Scottish Leaving Certificate Examination, 1953
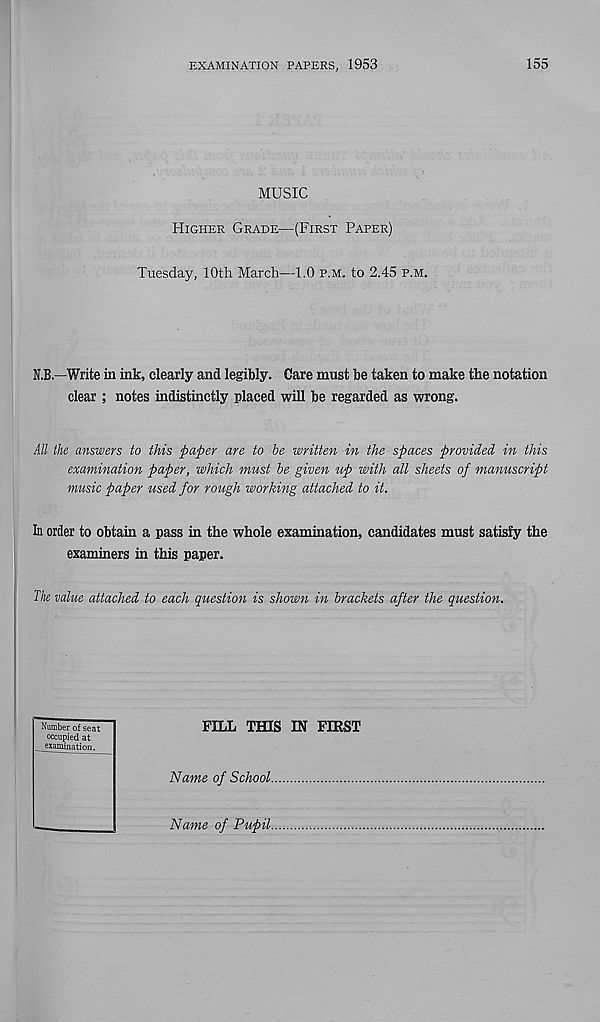
EXAMINATION PAPERS, 1953
155
MUSIC
Higher Grade—(First Paper)
Tuesday, 10th March—1.0 p.m. to 2.45 p.m.
N.B.—Write in ink, clearly and legibly. Care must be taken to make the notation
clear ; notes indistinctly placed will be regarded as wrong.
All the answers to this paper are to be written in the spaces provided in this
examination paper, which must be given up with all sheets of manuscript
music paper used for rough working attached to it.
In order to obtain a pass in the whole examination, candidates must satisfy the
examiners in this paper.
The value attached to each question is shown in brackets after the question.
FILL THIS IN FIRST
Name of School
Name of Pupil
Number of seat
occupied at
examination.